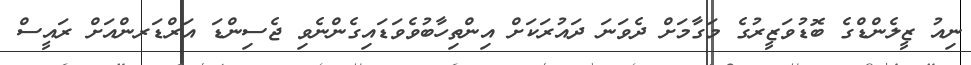
ނިއު ޒީލެންޑްގެ ބޮޑުވަޒީރުގެ މަގާމަށް ދެވަނަ ދައުރަކަށް އިންތިހާބުވެވަޑައިގެންނެވި ޖެސިންޑަ އަރްޑަރންއަށް ރައީސް